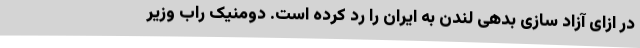
در ازای آزاد سازی بدهی لندن به ایران را رد کرده است. دومنیک راب وزیر